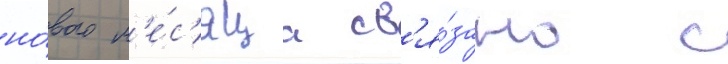
но́вого м'е́с'яца св'я́зано с